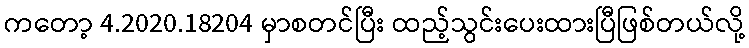
ကတော့ 4.2020.18204 မှာစတင်ပြီး ထည့်သွင်းပေးထားပြီဖြစ်တယ်လို့